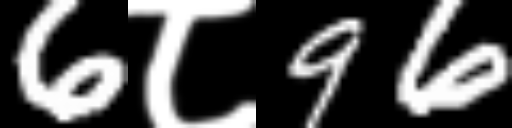
Text: 6८96